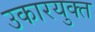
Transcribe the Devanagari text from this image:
उकारयुक्त